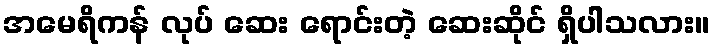
အမေရိကန် လုပ် ဆေး ရောင်းတဲ့ ဆေးဆိုင် ရှိပါသလား။